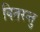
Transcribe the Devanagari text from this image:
वितरन्तु